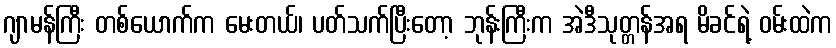
ဂျာမန်ကြီး တစ်ယောက်က မေးတယ်၊ ပတ်သက်ပြီးတော့ ဘုန်းကြီးက အဲဒီသုတ္တန်အရ မိခင်ရဲ့ ဝမ်းထဲက